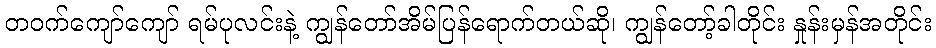
တဝက်ကျော်ကျော် ရမ်ပုလင်းနဲ့ ကျွန်တော်အိမ်ပြန်ရောက်တယ်ဆို၊ ကျွန်တော့်ခါတိုင်း နှုန်းမှန်အတိုင်း